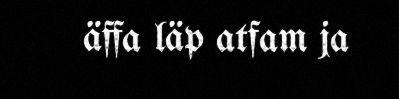
äffa läp atfam ja